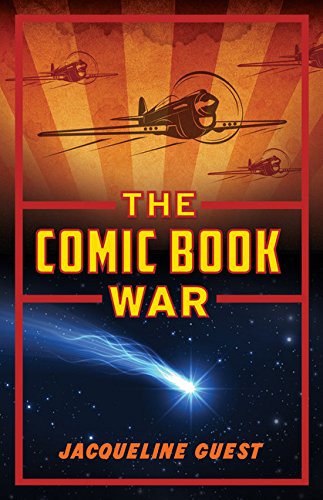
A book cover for The Comic Book War; Jacqueline Guest; Teen & Young Adult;